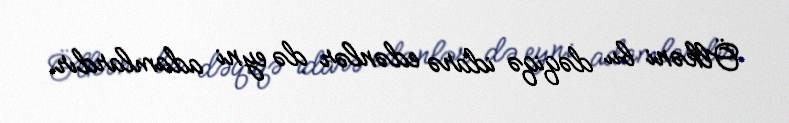
Ölkəni bu dəqiqə idarə edənlər də eyni adamlardır.